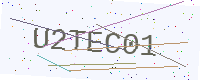
Text: U2TEC01